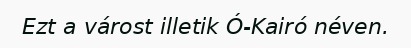
Ezt a várost illetik Ó-Kairó néven.